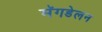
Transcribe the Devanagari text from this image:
मॅगडेलन